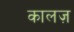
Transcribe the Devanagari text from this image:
कालज़